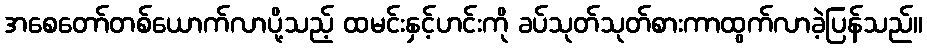
အစေတော်တစ်ယောက်လာပို့သည့် ထမင်းနှင့်ဟင်းကို ခပ်သုတ်သုတ်စားကာထွက်လာခဲ့ပြန်သည်။